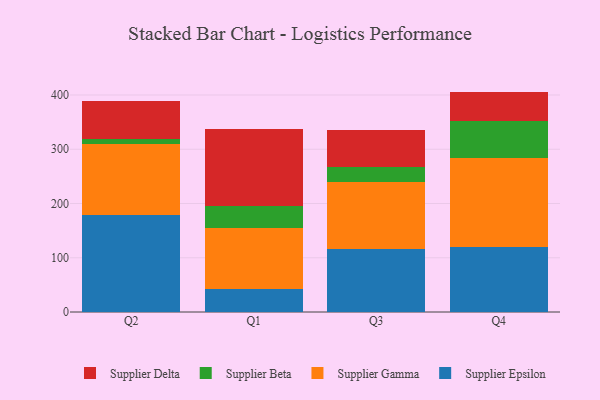
{"axis": {"x": "Quarter", "y": "Production Output"}, "legend": ["Supplier Beta", "Supplier Delta", "Supplier Epsilon", "Supplier Gamma"], "data": [{"x": "Q2", "y": 178.4, "type": "Supplier Epsilon"}, {"x": "Q2", "y": 131.3, "type": "Supplier Gamma"}, {"x": "Q2", "y": 9.6, "type": "Supplier Beta"}, {"x": "Q2", "y": 68.9, "type": "Supplier Delta"}, {"x": "Q1", "y": 41.8, "type": "Supplier Epsilon"}, {"x": "Q1", "y": 113.3, "type": "Supplier Gamma"}, {"x": "Q1", "y": 41.1, "type": "Supplier Beta"}, {"x": "Q1", "y": 141.6, "type": "Supplier Delta"}, {"x": "Q3", "y": 115.5, "type": "Supplier Epsilon"}, {"x": "Q3", "y": 123.3, "type": "Supplier Gamma"}, {"x": "Q3", "y": 28.9, "type": "Supplier Beta"}, {"x": "Q3", "y": 68.0, "type": "Supplier Delta"}, {"x": "Q4", "y": 120.1, "type": "Supplier Epsilon"}, {"x": "Q4", "y": 164.5, "type": "Supplier Gamma"}, {"x": "Q4", "y": 67.2, "type": "Supplier Beta"}, {"x": "Q4", "y": 54.5, "type": "Supplier Delta"}]}